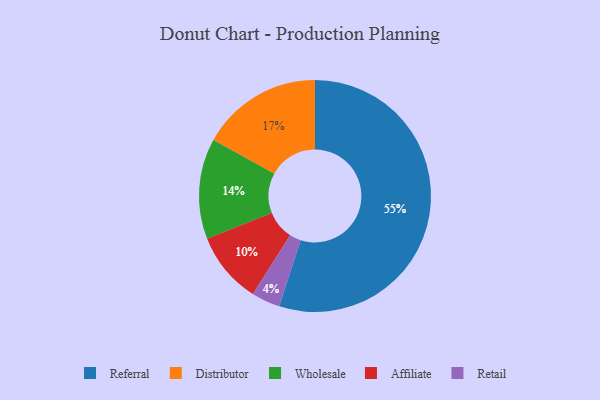
{"axis": {"x": "Category", "y": "Percentage"}, "legend": ["Affiliate", "Distributor", "Referral", "Retail", "Wholesale"], "data": [{"x": "Affiliate", "y": 10, "type": "Affiliate"}, {"x": "Referral", "y": 55, "type": "Referral"}, {"x": "Retail", "y": 4, "type": "Retail"}, {"x": "Wholesale", "y": 14, "type": "Wholesale"}, {"x": "Distributor", "y": 17, "type": "Distributor"}]}